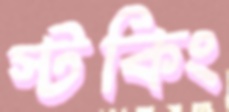
স্টকিং